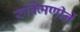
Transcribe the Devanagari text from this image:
रुक्मिणीनें